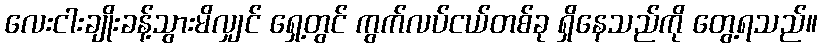
လေးငါးချိုးခန့်သွားမိလျှင် ရှေ့တွင် ကွက်လပ်ငယ်တစ်ခု ရှိနေသည်ကို တွေ့ရသည်။